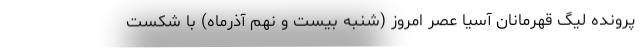
پرونده لیگ قهرمانان آسیا عصر امروز (شنبه بیست و نهم آذرماه) با شکست